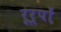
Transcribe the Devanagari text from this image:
रूर्पों